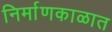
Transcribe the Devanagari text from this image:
निर्माणकाळात